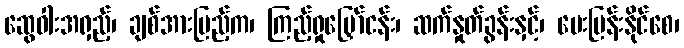
ဆွေဝါးအရှည့်၊ ချစ်အားပြည့်က၊ ကြည့်ရှုမြှော်ငန်း၊ ဆက်နှုတ်ခွန်းနှင့်၊ မေးမြန်းနိုင်စေ၊